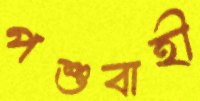
পশুবাহী